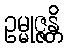
ဥမ္မုဇ္ဇန္တိ